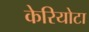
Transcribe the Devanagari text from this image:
केरियोटा